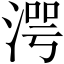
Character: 湂